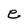
Character: e